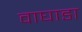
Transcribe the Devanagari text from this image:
वाघाडा